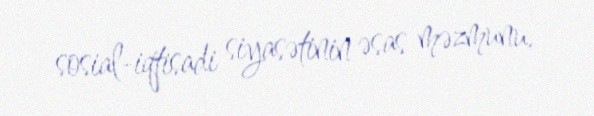
sosial-iqtisadi siyasətinin əsas məzmunu.